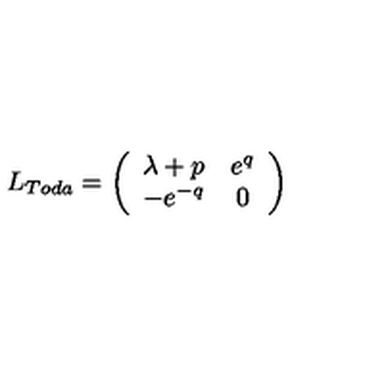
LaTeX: L _ { T o d a } = \left( \begin{array} { c c } { \lambda + p } & { e ^ { q } } \\ { - e ^ { - q } } & { 0 } \\ \end{array} \right)